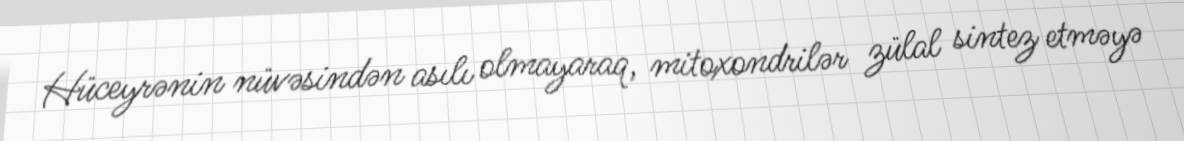
Hüceyrənin nüvəsindən asılı olmayaraq, mitoxondrilər zülal sintez etməyə